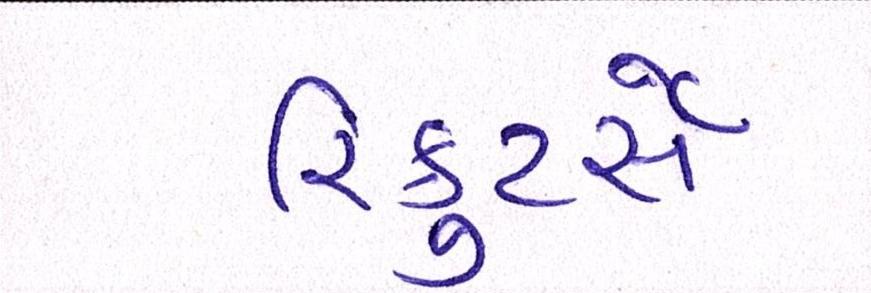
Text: રિક્રુટર્સે